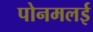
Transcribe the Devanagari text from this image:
पोनमलई